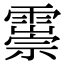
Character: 𩅃